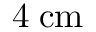
4 \; \mathrm { { c m } }